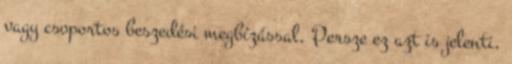
vagy csoportos beszedési megbízással. Persze ez azt is jelenti,